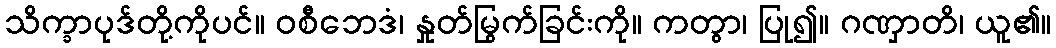
သိက္ခာပုဒ်တို့ကိုပင်။ ဝစီဘေဒံ၊ နှုတ်မြွက်ခြင်းကို။ ကတွာ၊ ပြု၍။ ဂဏှာတိ၊ ယူ၏။